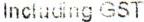
INCLUDING GST